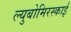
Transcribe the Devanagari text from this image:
ल्युबोमिरस्काई